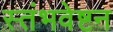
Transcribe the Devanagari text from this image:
स्तंभवेष्टन